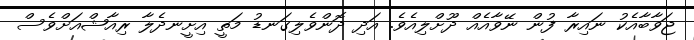
ޖަވާބާއެކު ނައިރާ ފުން ނޭވާއެއް ދޫށްލިއެވެ. އަދި ދޮންވެލިގަނޑު މަތީ އިށީނދެލާ ރިއާޝްއަށްވެސް